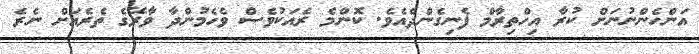
އަންހެންނުނަށް ކުރާ އިހްތިރާމް ފެނިގެންދެއެވެ. ކޮންމެ ރެއަކުވެސް ވެހެމުންދާ ވާރޭގެ ތެރެއަށް ނެރެ